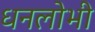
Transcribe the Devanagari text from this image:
धनलोभी